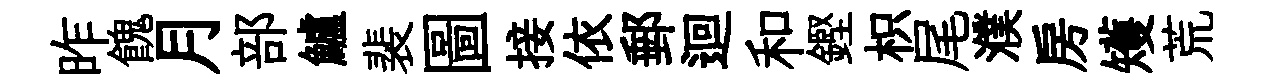
昨餽月部鱸裴圖接依郵迴和鏗枳尾濮房矱荒